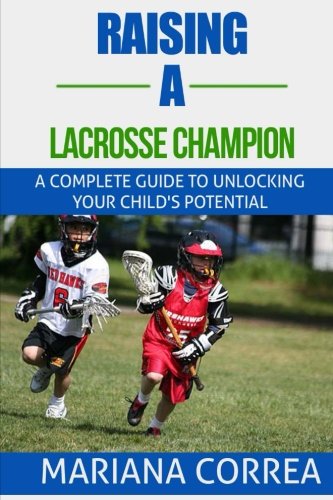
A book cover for Raising a Lacrosse Champion: A complete guide to unlocking your childs potential; Mariana Correa; Sports & Outdoors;